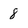
Character: 8